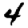
Digit: 4